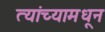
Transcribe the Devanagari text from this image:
त्यांच्यामधून